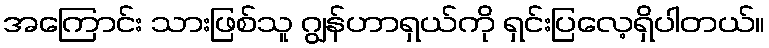
အကြောင်း သားဖြစ်သူ ဂျွန်ဟာရှယ်ကို ရှင်းပြလေ့ရှိပါတယ်။